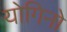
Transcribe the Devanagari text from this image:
योगिनो